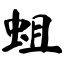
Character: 蛆